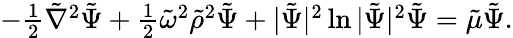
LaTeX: \begin{array}{r}{-\frac{1}{2}{\tilde{\nabla}}^{2}{\tilde{\Psi}}+\frac 12{\tilde{\omega}}^{2}{\tilde{\rho}}^{2}{\tilde{\Psi}}+|{\tilde{\Psi}}|^{2}\ln|{\tilde{\Psi}}|^{2}{\tilde{\Psi}}={\tilde{\mu}}{\tilde{\Psi}}.}\end{array}